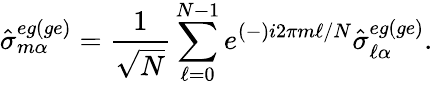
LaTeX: \hat{\sigma}_{m\alpha}^{eg(ge)}=\frac{1}{\sqrt{N}}\sum_{\ell=0}^{N-1}e^{(-)i2\pi m\ell/N}\hat{\sigma}_{\ell\alpha}^{eg(ge)}.